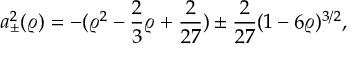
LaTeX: a _ { \pm } ^ { 2 } ( \varrho ) = - ( \varrho ^ { 2 } - \frac 2 3 \varrho + \frac { 2 } { 2 7 } ) \pm \frac { 2 } { 2 7 } ( 1 - 6 \varrho ) ^ { 3 / 2 } ,